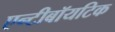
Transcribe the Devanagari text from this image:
एन्टीबॉयटिक